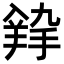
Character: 𦎚